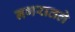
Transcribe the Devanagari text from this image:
नगरातले